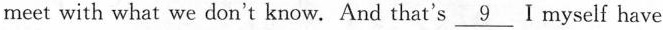
meet with what we don't know. And that's \underline{9} I myself have